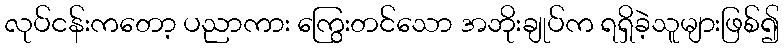
လုပ်ငန်းကတော့ ပညာကား ကြွေးတင်သော အဘိုးချုပ်က ရရှိခဲ့သူများဖြစ်၍